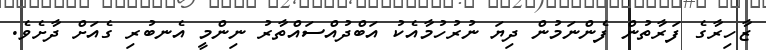
ޒާހިރާގެ ފަރާތުން ފެންނަމުން ދިޔަ ނުރުހުމާއެކު އަބްދުއްސައްތާރު ނިންމީ އެނބުރި ގެއަށް ދާށެވެ.